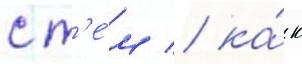
с т'е́м / ка́к